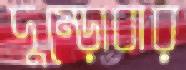
দুম্‌ড়োবার